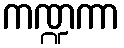
ကဏ္ဍကာ